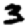
Digit: 3